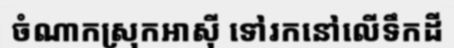
ចំណាកស្រុកអាស៊ី ទៅរកនៅលើទឹកដី